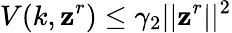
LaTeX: V(k,\mathbf{z}^{r})\leq\gamma_{2}\lvert|\mathbf{z}^{r}\rvert|^{2}